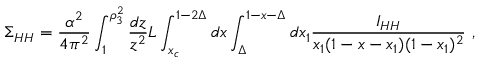
\Sigma _ { H H } = \frac { \alpha ^ { 2 } } { 4 \pi ^ { 2 } } \int _ { 1 } ^ { \rho _ { 3 } ^ { 2 } } \frac { d z } { z ^ { 2 } } L \int _ { x _ { c } } ^ { 1 - 2 \Delta } d x \int _ { \Delta } ^ { 1 - x - \Delta } d x _ { 1 } \frac { I _ { H H } } { x _ { 1 } ( 1 - x - x _ { 1 } ) ( 1 - x _ { 1 } ) ^ { 2 } } \ ,